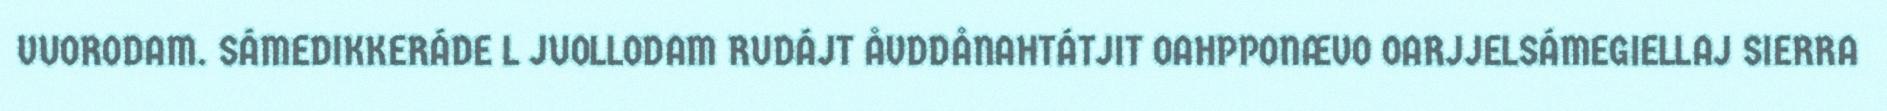
VUORODAM. SÁMEDIKKERÁDE L JUOLLODAM RUDÁJT ÅVDDÅNAHTÁTJIT OAHPPONÆVO OARJJELSÁMEGIELLAJ SIERRA